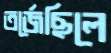
তর্জেছিলে